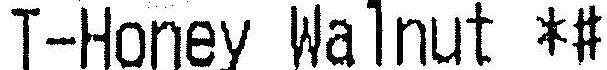
T-HONEY WALNUT *#